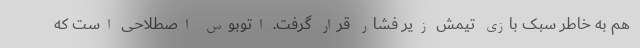
هم به خاطر سبک بازی تیمش زیر فشار قرار گرفت. اتوبوس اصطلاحی است که